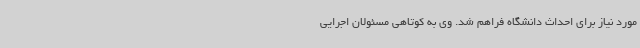
مورد نیاز برای احداث دانشگاه فراهم شد. وی به کوتاهی مسئولان اجرایی